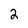
Character: 2